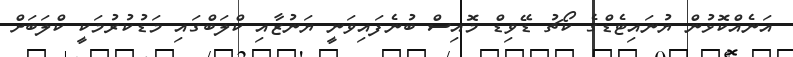
އަނެއްކޮޅުން ޔުނައިޓެޑްގެ ކޯޗު ޑޭވިޑް މޮއިސް ބުނެފައިވަނީ ޔަނުޒާއި ކްލަބްގައި މަޑުކުރުމަކީ ކްލަބަށް